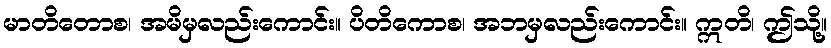
မာတိတောစ၊ အမိမှလည်းကောင်း။ ပိတိကောစ၊ အဘမှလည်းကောင်း။ ဣတိ၊ ဤသို့။